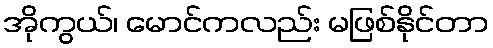
အိုကွယ်၊ မောင်ကလည်း မဖြစ်နိုင်တာ